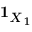
{ \mathbf { 1 } } _ { X _ { 1 } }